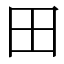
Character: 田